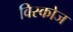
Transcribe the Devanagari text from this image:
विस्कोज